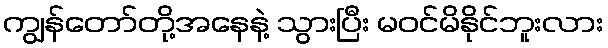
ကျွန်တော်တို့အနေနဲ့ သွားပြီး မဝင်မိနိုင်ဘူးလား